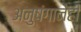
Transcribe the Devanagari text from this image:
अनुषंगानेही